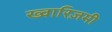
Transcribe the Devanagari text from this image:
ख्वारिज़मी